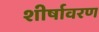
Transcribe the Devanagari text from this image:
शीर्षावरण